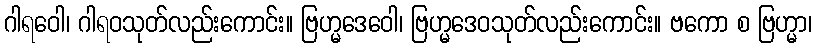
ဂါရဝေါ၊ ဂါရဝသုတ်လည်းကောင်း။ ဗြဟ္မဒေဝေါ၊ ဗြဟ္မဒေဝသုတ်လည်းကောင်း။ ဗကော စ ဗြဟ္မာ၊